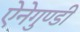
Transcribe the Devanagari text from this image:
ऐनेगुण्डी